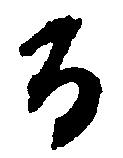
る